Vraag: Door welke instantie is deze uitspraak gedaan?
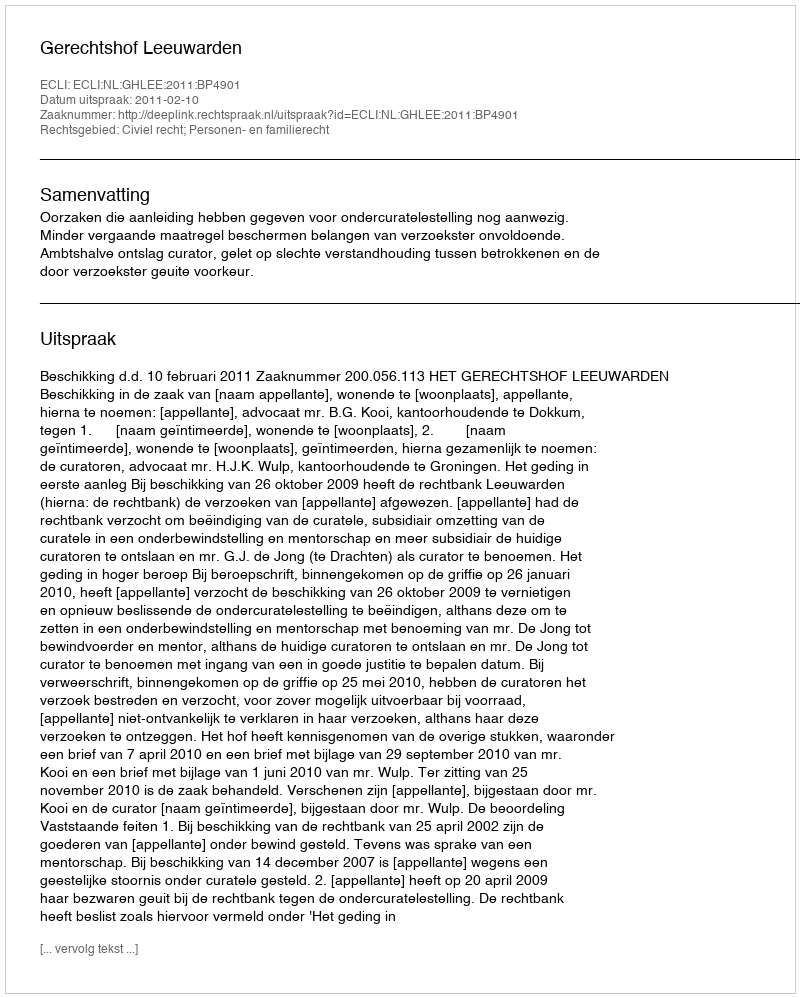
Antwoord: Gerechtshof Leeuwarden